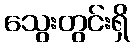
သွေးတွင်းရှိ